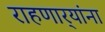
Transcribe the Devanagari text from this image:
राहणार्‍यांना